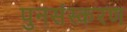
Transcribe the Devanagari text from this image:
पुनसंस्करण